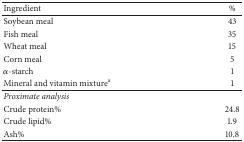
<table><thead><tr><td><b>Ingredient</b></td><td><b>%</b></td></tr></thead><tbody><tr><td>Soybean meal </td><td>43</td></tr><tr><td>Fish meal</td><td>35</td></tr><tr><td>Wheat meal</td><td>15</td></tr><tr><td>Corn meal</td><td>5</td></tr><tr><td><i>α</i>-starch</td><td>1</td></tr><tr><td>Mineral and vitamin mixture<sup>a</sup></td><td>1</td></tr><tr><td><i>Proximate analysis</i></td><td> </td></tr><tr><td>Crude protein%</td><td>24.8</td></tr><tr><td>Crude lipid%</td><td>1.9</td></tr><tr><td>Ash%</td><td>10.8</td></tr></tbody></table>